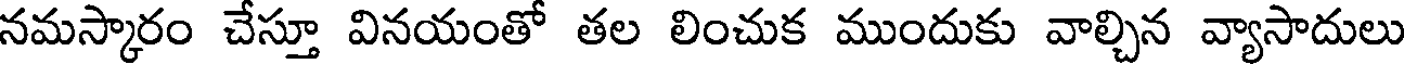
నమస్కారం చేస్తూ వినయంతో తల లించుక ముందుకు వాల్చిన వ్యాసాదులు